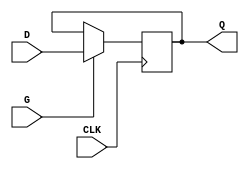
module gated_d_latch(
    input D,
    input CLK,
    input G,
    output reg Q
);

always @ (posedge CLK) begin
    if (G) begin
        Q <= D;
    end
end

endmodule